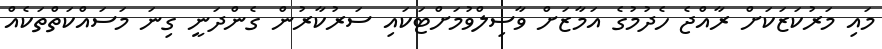
މައި މަރުކަޒަކަށް ރާއްޖެ ހެދުމުގެ އަމާޒަށް ވާސިލްވުމަށްޓަކައި ސަރުކާރުން ގެންދަނީ ގިނަ މަސައްކަތްތަކެއް